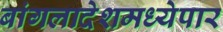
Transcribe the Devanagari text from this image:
बांगलादेशमध्येपार